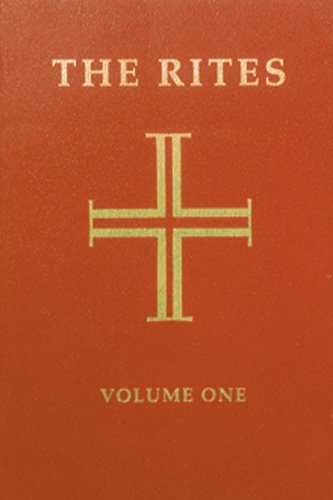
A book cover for Rites of the Catholic Church, Volume One; Various; Religion & Spirituality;